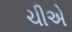
ચીએ